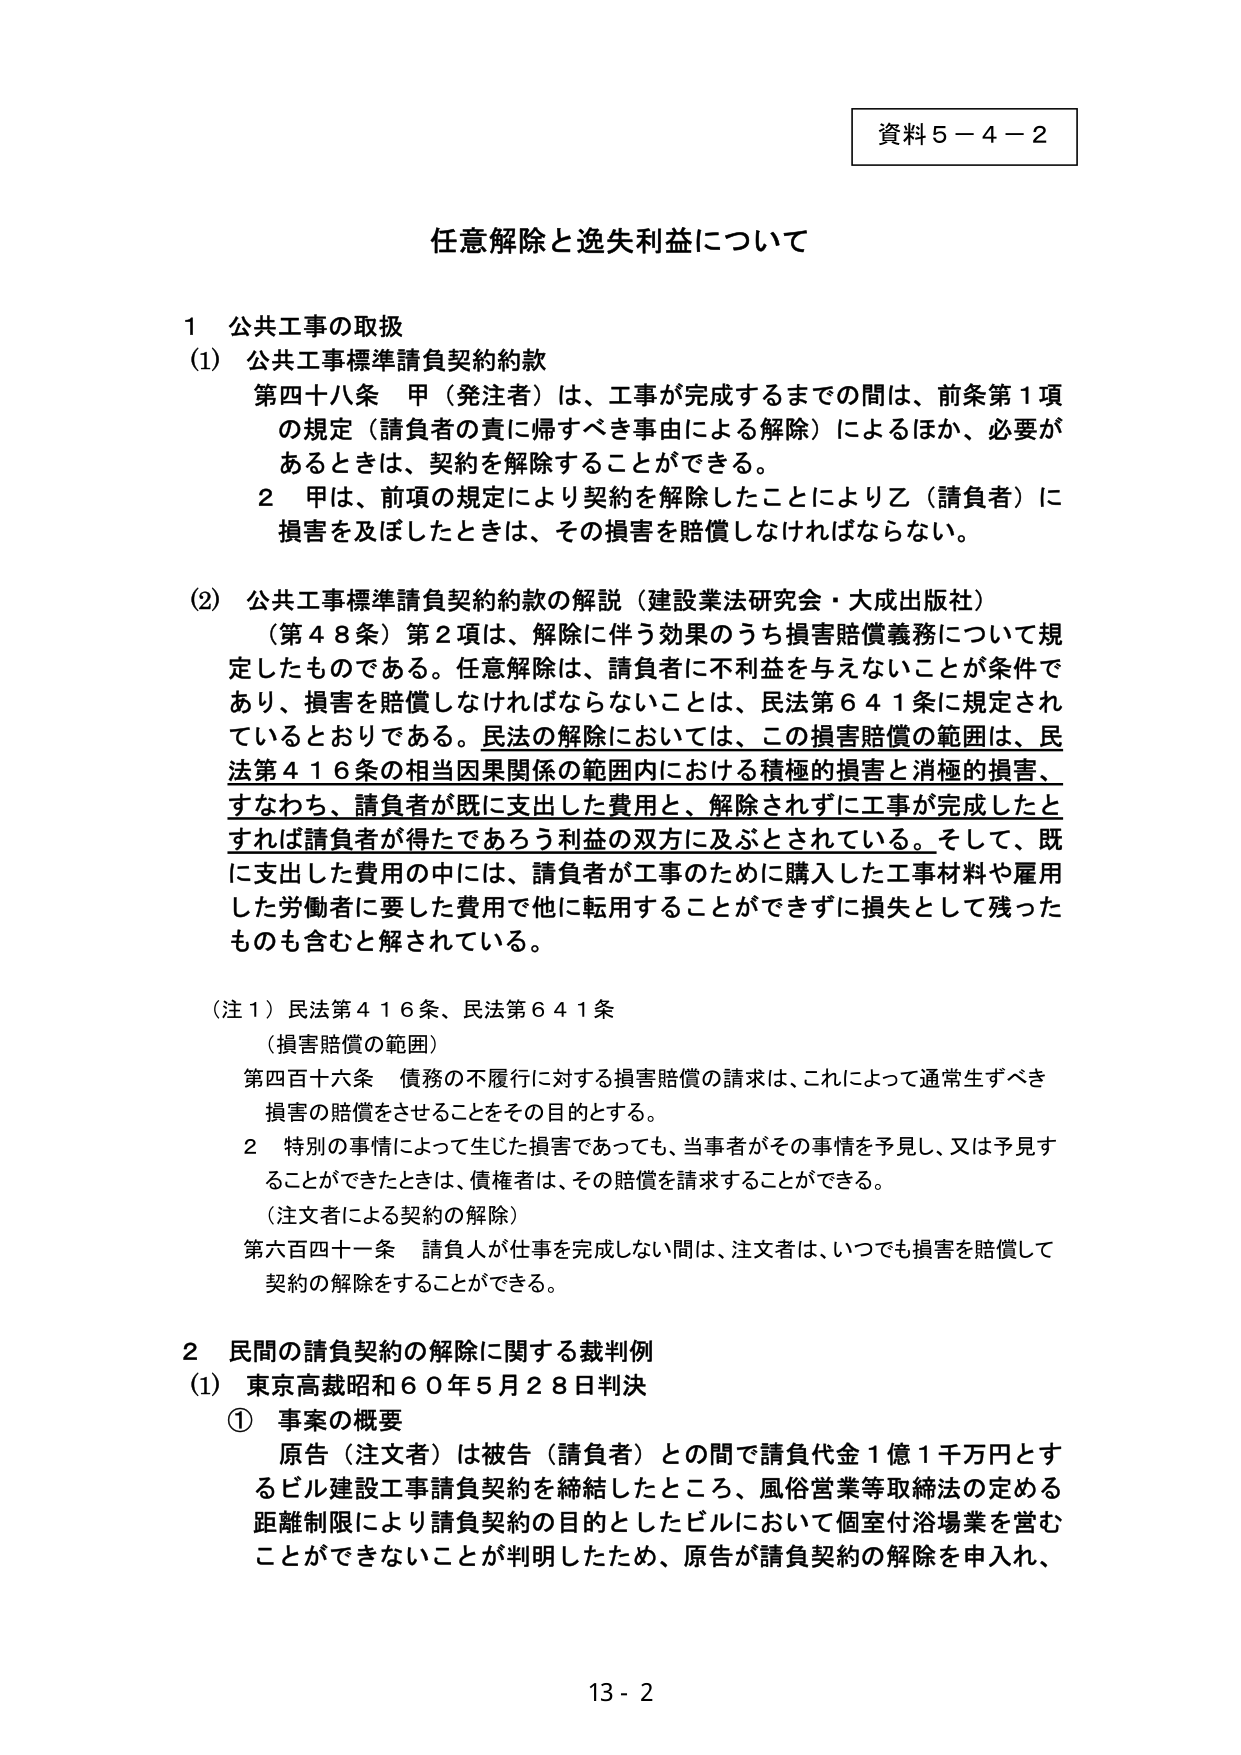
資料５－４－２

任意解除と逸失利益について

１ 公共工事の取扱
（1） 公共工事標準請負契約約款
　第四十八条 甲（発注者）は、工事が完成するまでの間は、前条第１項
　の規定（請負者の責に帰すべき事由による解除）によるほか、必要が
　あるときは、契約を解除することができる。
　２ 甲は、前項の規定により契約を解除したことにより乙（請負者）に
　損害を及ぼしたときは、その損害を賠償しなければならない。

（2） 公共工事標準請負契約約款の解説（建設業法研究会・大成出版社）
　（第４８条）第２項は、解除に伴う効果のうち損害賠償義務について規
　定したものである。任意解除は、請負者に不利益を与えないことが条件で
　あり、損害を賠償しなければならないことは、民法第６４１条に規定され
　ているとおりである。民法の解除においては、この損害賠償の範囲は、民
　法第４１６条の相当因果関係の範囲内における積極的損害と消極的損害、
　すなわち、請負者が既に支出した費用と、解除されずに工事が完成したと
　すれば請負者が得たであろう利益の双方に及ぶとされている。そして、既
　に支出した費用の中には、請負者が工事のために購入した工事材料や雇用
　した労働者に要した費用で他に転用することができずに損失として残った
　ものも含むと解されている。

（注１）民法第４１６条、民法第６４１条
　（損害賠償の範囲）
　第四百十六条 債務の不履行に対する損害賠償の請求は、これによって通常生ずべき
　損害の賠償をさせることをその目的とする。
　２ 特別の事情によって生じた損害であっても、当事者がその事情を予見し、又は予見す
　ることができたときは、債権者は、その賠償を請求することができる。
　（注文者による契約の解除）
　第六百四十一条 請負人が仕事を完成しない間は、注文者は、いつでも損害を賠償して
　契約の解除をすることができる。

２ 民間の請負契約の解除に関する裁判例
（1） 東京高裁昭和６０年５月２８日判決
　① 事案の概要
　　原告（注文者）は被告（請負者）との間で請負代金１億１千万円とす
　　るビル建設工事請負契約を締結したところ、風俗営業等取締法の定める
　　距離制限により請負契約の目的としたビルにおいて個室付浴場業を営む
　　ことができないことが判明したため、原告が請負契約の解除を申入れ、

13 - 2